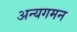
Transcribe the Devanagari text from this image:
अन्यगमन